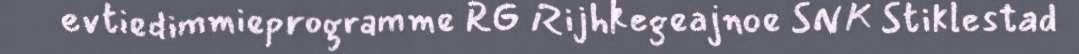
evtiedimmieprogramme RG Rijhkegeajnoe SNK Stiklestad